Vaccination in Bombay 1869-1873 - 1869-1873
Year: 1869
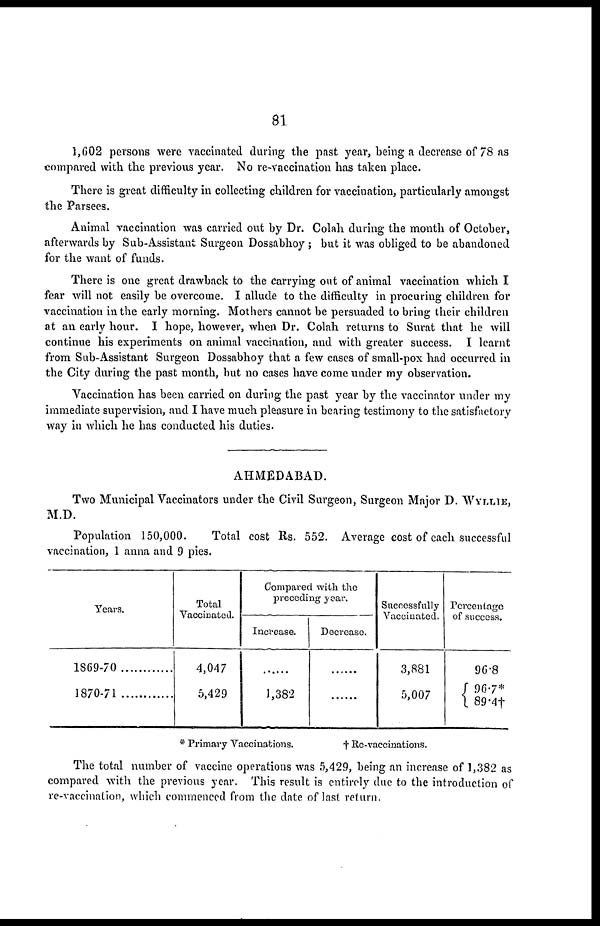
81
1,602 persons were vaccinated during the past year, being a decrease of 78 as
compared with the previous year. No re-vaccination has taken place.
There is great difficulty in collecting children for vaccination, particularly amongst
the Parsees.
Animal vaccination was carried out by Dr. Colah during the month of October,
afterwards by Sub-Assistant Surgeon Dossabhoy ; but it was obliged to be abandoned
for the want of funds.
There is one great drawback to the carrying out of animal vaccination which I
fear will not easily be overcome. I allude to the difficulty in procuring children for
vaccination in the early morning. Mothers cannot be persuaded to bring their children
at an early hour. I hope, however, when Dr. Colah returns to Surat that he will
continue his experiments on animal vaccination, and with greater success. I learnt
from Sub-Assistant Surgeon Dossabhoy that a few cases of small-pox had occurred in
the City during the past month, but no cases have come under my observation.
Vaccination has been carried on during the past year by the vaccinator under my
immediate supervision, and I have much pleasure in bearing testimony to the satisfactory
way in which he has conducted his duties.
AHMEDABAD.
Two Municipal Vaccinators under the Civil Surgeon, Surgeon Major D. WYLLIE,
M.D.
Population 150,000.
Total cost Rs. 552. Average cost of each successful
vaccination, 1 anna and 9 pies.
Years.
1869-70
1870-71
Total
Vaccinated.
4,047
5,429
Compared with the
preceding year.
Increase.
......
1,382
Decrease.
......
......
Successfully
Vaccinated.
3,881
5,007
Percentage
of success.
96.8
96.7*
89.4†
* Primary Vaccinations.
† Re-vaccinations.
The total number of vaccine operations was 5,429, being an increase of 1,382 as
compared with the previous year. This result is entirely due to the introduction of
re-vaccination, which commenced from the date of last return.